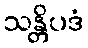
သန္တိပဒံ